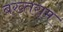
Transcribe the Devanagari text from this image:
बख्तराम